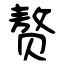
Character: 赘